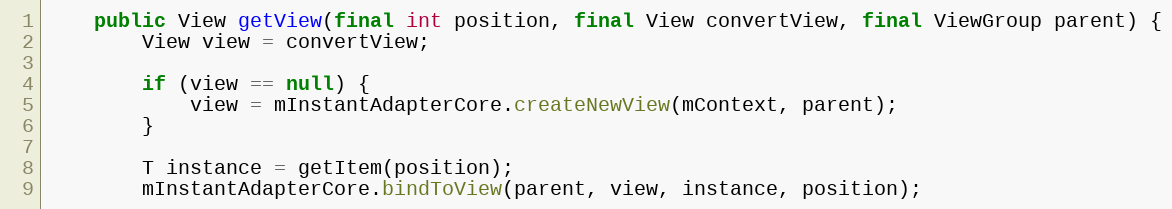
Language: Java
    public View getView(final int position, final View convertView, final ViewGroup parent) {
        View view = convertView;

        if (view == null) {
            view = mInstantAdapterCore.createNewView(mContext, parent);
        }

        T instance = getItem(position);
        mInstantAdapterCore.bindToView(parent, view, instance, position);